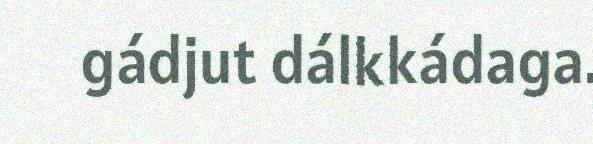
gádjut dálkkádaga.